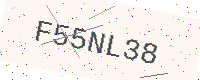
Text: F55NL38